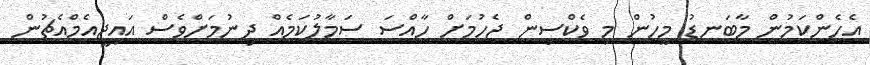
އެހެންކަމުން މާބަނޑު މީހުން މި ވެކްސިން ޖެހުމަށް ހާއްސަ ސަމާލުކަމެއް ދިނުމަށްވެސް އައިޖީއެމްއެޗުން